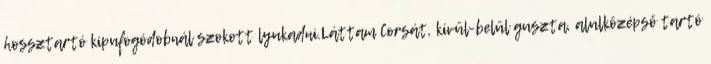
hossztartó kipufogódobnál szokott lyukadni.Láttam Corsát, kívül-belül guszta, alulközépső tartó